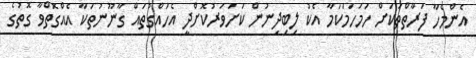
އެންމެހާ ފަރާތްތަކަށް ހަމަހަމަކަމާ އެކު ލިބިދިނުން ކަށަވަރުކޮށްދީ އެހައްގުތައް ގާނޫނުތަކާ އެއްގޮތްވާ ގޮތުގެ